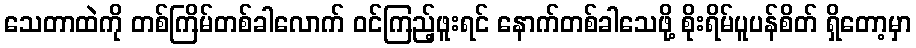
သေတာထဲကို တစ်ကြိမ်တစ်ခါလောက် ဝင်ကြည့်ဖူးရင် နောက်တစ်ခါသေဖို့ စိုးရိမ်ပူပန်စိတ် ရှိတော့မှာ